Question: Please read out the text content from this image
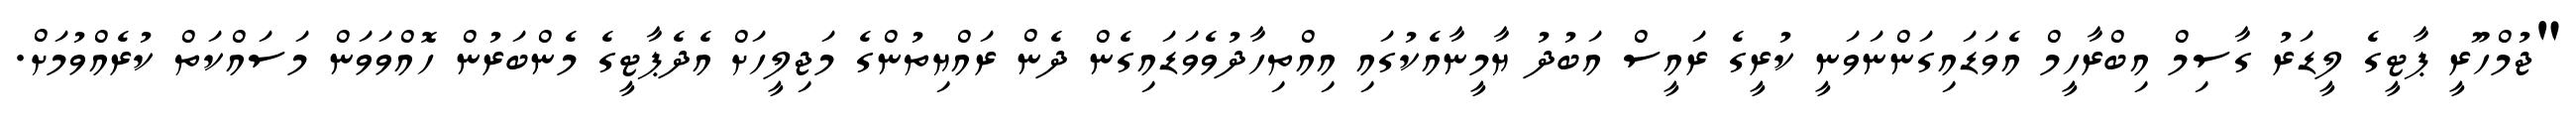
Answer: "ޖުމްހޫރީ ޕާޓީގެ ލީޑަރު ގާސިމް އިބްރާހީމް އެވަޑައިގަންނަވަނީ ކުރީގެ ރައީސް އަބުދު ޔާމީނާއެކުގައި އިއްތިހާދުވެވަޑައިގެން ދެން ރައްޔިތުންގެ މަޖިލީހަށް އެދެޕާޓީގެ މެންބަރުން ހޮއްވަވަން މަސައްކަތް ކުރެއްވުމަށް.